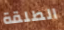
الطلقة